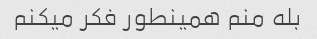
بله منم همینطور فکر میکنم